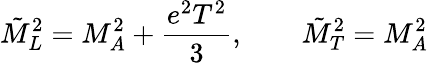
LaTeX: \tilde{M}_{L}^{2}=M_{A}^{2}+{\frac{e^{2}T^{2}}{3}},\qquad\tilde{M}_{T}^{2}=M_{A}^{2}